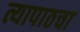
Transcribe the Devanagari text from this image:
त्यापाठचा